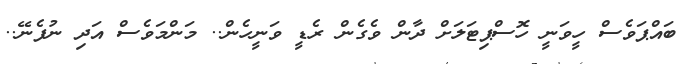
ބައްޕަވެސް ހީވަނީ ހޮސްޕިޓަލަށް ދާން ވެގެން ރެޑީ ވަނީހެން.. މަންމަވެސް އަދި ނުފެނޭ..